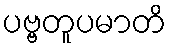
ပဗ္ဗတူပမာတိ